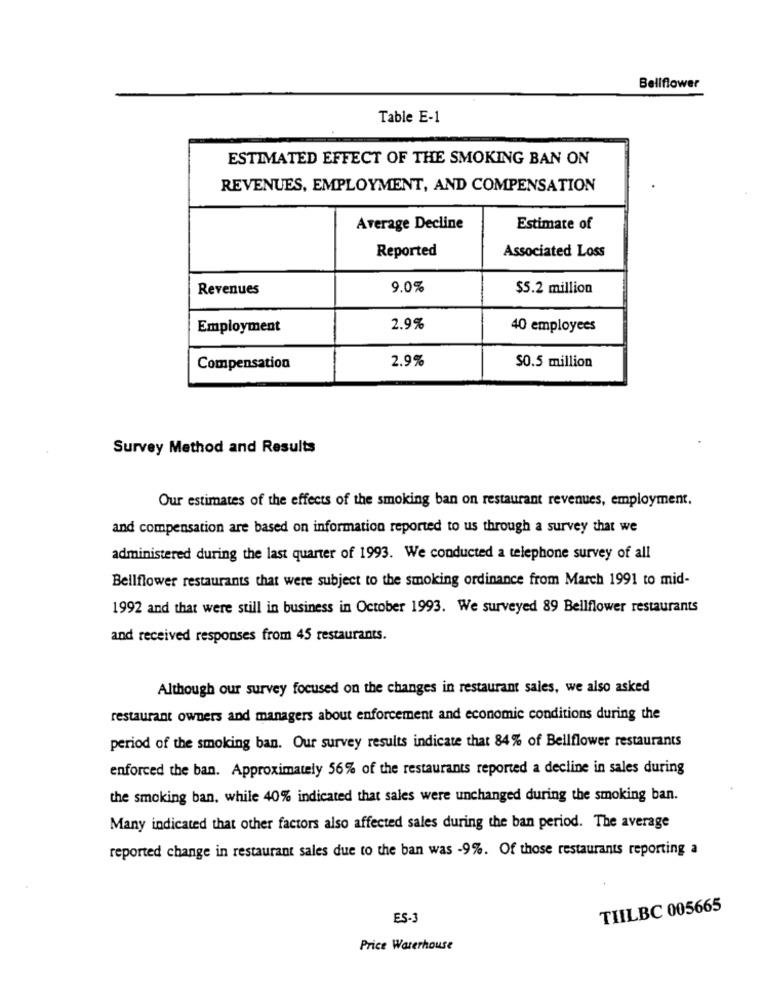
Bellflower
Table E-1
ESTIMATED EFFECT OF THE SMOKING BAN ON
REVENUES, EMPLOYMENT, AND COMPENSATION
Average Decline
Estimate of
Reported
Associated Loss
Revenues
9.0%
$5.2 million
Employment
2.9%
40 employees
2.9%
SO.5 million
Compensation
Survey Method and Results
Our estimates of the effects of the smoking ban on restaurant revenues, employment.
and compensation are based on information reported to us through a survey that we
administered during the last quarter of 1993. We conducted a telephone survey of all
Bellflower restaurants that were subject to the smoking ordinance from March 1991 to mid-
1992 and that were still in business in October 1993. We surveyed 89 Bellflower restaurants
and received responses from 45 restaurants.
Although our survey focused on the changes in restaurant sales, we also asked
restaurant owners and managers about enforcement and economic conditions during the
period of the smoking ban. Our survey results indicate that 84% of Bellflower restaurants
enforced the ban. Approximately 56% of the restaurants reported a decline in sales during
the smoking ban, while 40% indicated that sales were unchanged during the smoking ban.
Many indicated that other factors also affected sales during the ban period. The average
reported change in restaurant sales due to the ban was -9%. Of those restaurants reporting a
TILBC 005665
ES-3
Price Waterhouse